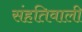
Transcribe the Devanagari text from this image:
संहतिवाली